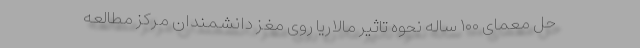
حل معمای ۱۰۰ ساله نحوه تاثیر مالاریا روی مغز دانشمندان مرکز مطالعه